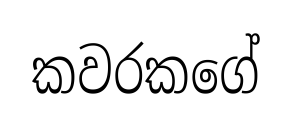
කවරකගේ